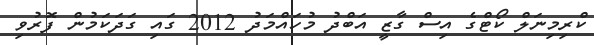
ކްރިމިނަލް ކޯޓްގެ އިސް ގާޒީ އަބްދު މުހައްމަދު 2012 ގައި ގަދަކަމުން ފޮރުވި